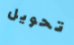
تحويل